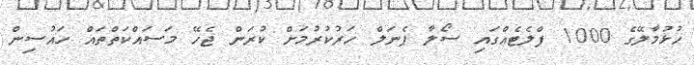
ހުޅުމާލޭގެ 1000 ފްލެޓެއްގައި ސޯލާ ޕެނަލް ހަރުކުރުމަށް ކުރަން ޖެހޭ މަސައްކަތްތައް ހައުސިން